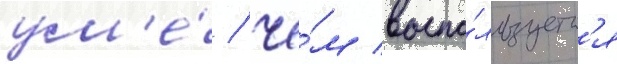
ум'е́ / че́м воспо́льзуетс'я